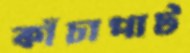
কাঁচাপাট